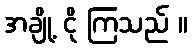
အချို့ ငို ကြသည် ။